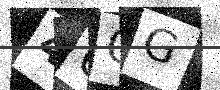
Text: 46QG